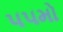
૫૫મો